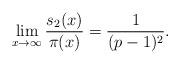
LaTeX: \begin{align*}\lim_{x \to \infty}\frac{s_2(x)}{\pi(x)} = \frac{1}{(p-1)^2}.\end{align*}